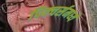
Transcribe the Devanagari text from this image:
पिक्‍चर्समध्ये